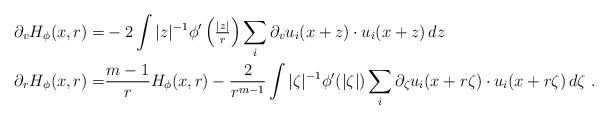
LaTeX: \begin{align*}\partial_v H_\phi (x,r) = & - 2 \int |z|^{-1} \phi' \left({\textstyle\frac{|z|}{r}}\right)\sum_i \partial_v u_i (x+z) \cdot u_i (x +z)\, dz\\\partial_r H_\phi (x,r) = & \frac{m-1}{r} H_\phi (x,r) - \frac{2}{r^{m-1}} \int |\zeta|^{-1} \phi' (|\zeta|) \sum_i \partial_\zeta u_i (x+r\zeta)\cdot u_i (x+r\zeta)\, d\zeta\, \, .\end{align*}